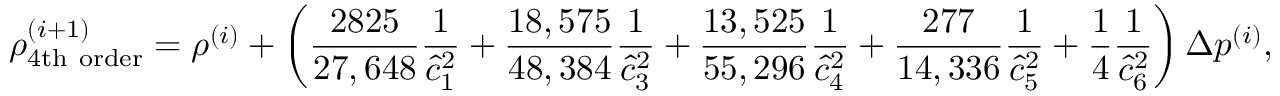
\rho _ { \mathrm { 4 t h ~ o r d e r } } ^ { ( i + 1 ) } = \rho ^ { ( i ) } + \left( \frac { 2 8 2 5 } { 2 7 , 6 4 8 } \frac { 1 } { \hat { c } _ { 1 } ^ { 2 } } + \frac { 1 8 , 5 7 5 } { 4 8 , 3 8 4 } \frac { 1 } { \hat { c } _ { 3 } ^ { 2 } } + \frac { 1 3 , 5 2 5 } { 5 5 , 2 9 6 } \frac { 1 } { \hat { c } _ { 4 } ^ { 2 } } + \frac { 2 7 7 } { 1 4 , 3 3 6 } \frac { 1 } { \hat { c } _ { 5 } ^ { 2 } } + \frac { 1 } { 4 } \frac { 1 } { \hat { c } _ { 6 } ^ { 2 } } \right) \Delta p ^ { ( i ) } ,